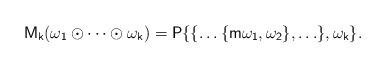
LaTeX: \begin{align*}\sf M_k(\omega_1\odot\cdots\odot\omega_k)=P\{\{\ldots\{{\sf m}\omega_1,\omega_2\},\ldots\},\omega_k\}.\end{align*}